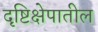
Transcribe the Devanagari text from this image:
दृष्टिक्षेपातील